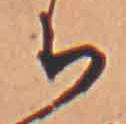
ち